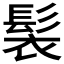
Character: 𩬿